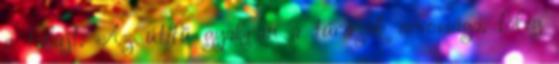
a talajt. Az útifű gyakran a túrázók orvossága, főleg